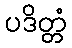
ပဒိတ္တံ